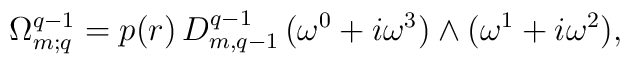
\Omega^{q-1}_{m;q}=p(r)\,D^{q-1}_{m,q-1}\,(\omega^0+i\omega^3)\wedge(\omega^1+i\omega^2),